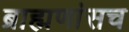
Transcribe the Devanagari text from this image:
ब्राह्मणांसच